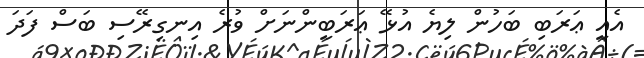
އެއީ ޢަރަބި ބަހުން ލިޔެ އުޅޭ ޢަރަބީންނަށް ވުރެ އިނގިރޭސި ބަސް ފަދަ